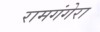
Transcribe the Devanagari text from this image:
रामगंगेरा